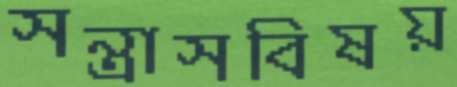
সন্ত্রাসবিষয়